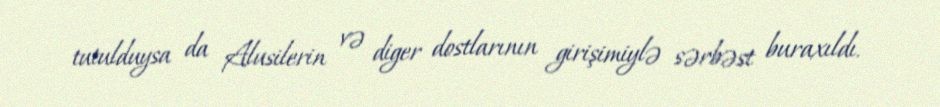
tutulduysa da Alusilerin və diger dostlarının girişimiylə sərbəst buraxıldı.